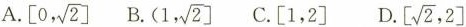
A.\left[ 0,\sqrt{2},\right]B.\left[ 1,\sqrt{2},\right] C.[1，2] D.\left[ \sqrt{2},2\right]